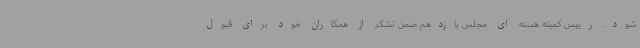
شود. رییس کمیته هسته ای مجلس یازدهم ضمن تشکر از همکاران خود برای قبول